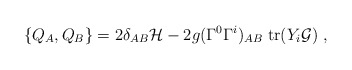
\begin{align*}\{ Q_A, Q_B \} = 2\delta_{AB} {\cal H} - 2g (\Gamma^0\Gamma^i)_{AB}\;{\rm tr}( Y_i {\cal G})\ ,\end{align*}